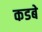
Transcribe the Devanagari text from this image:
कडबे